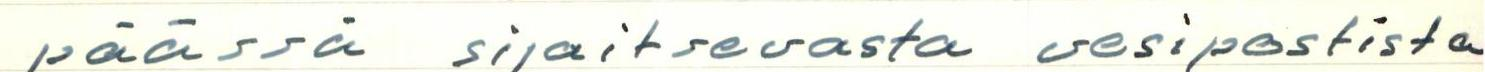
päässä sijaitsevasta vesipostista